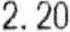
2.20